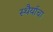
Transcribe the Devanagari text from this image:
स्थैर्याचा